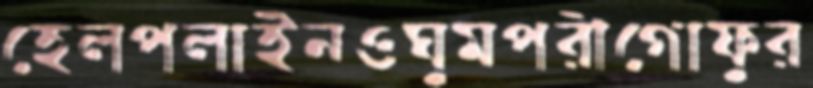
হেলপলাইনওঘুমপরীগোফুর